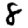
Digit: 8